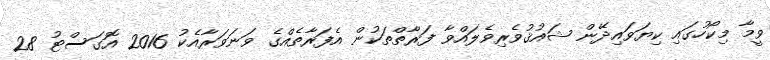
ވީމާ މިކޯހުގައި ކިޔަވައިދޭން ޝައުޤުވެރިވެލައްވާ ފަރާތްތަކުން އެފަރާތެއްގެ ވަނަވަރާއެކު 2016 އޮގަސްޓު 28